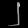
Digit: ၂